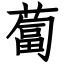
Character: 蔔